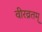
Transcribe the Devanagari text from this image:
वीरव्रतम्‌